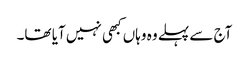
آج سے پہلے وہ وہاں کبھی نہیں آیا تھا۔